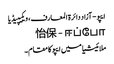
ایپو - آزاد دائرۃ المعارف، ویکیپیڈیا
怡保 - ஈப்போ
ملائیشیا میں ایپو کا مقام۔